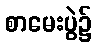
စာမေးပွဲ၌